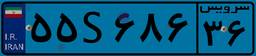
۳۷S۸۹۳۲۲